Indian journal of veterinary science and animal husbandry - Volumes 28-29, 1958-1959
Year: 1958
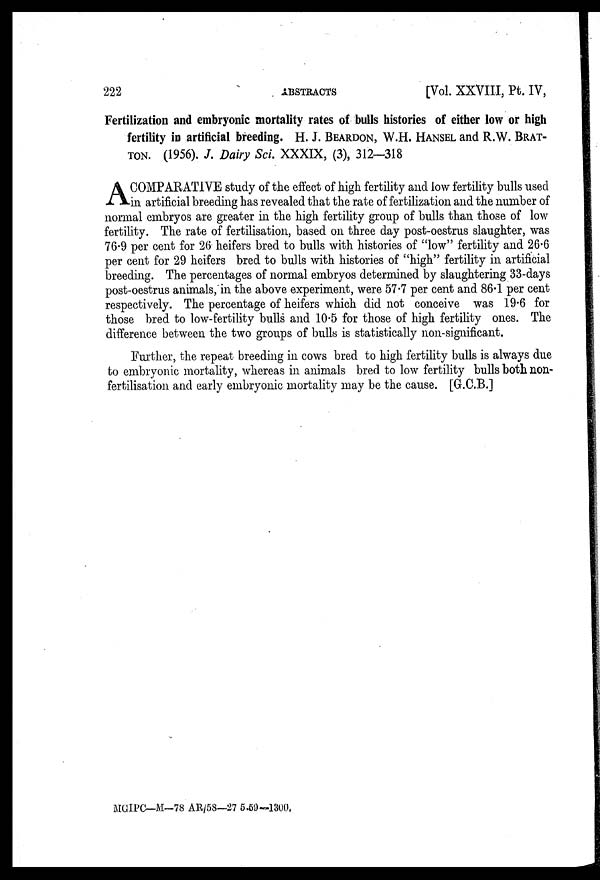
222
ABSTRACTS
[Vol. XXVIII, Pt. IV,
Fertilization and embryonic mortality rates of bulls histories of either low or high
fertility in artificial breeding. H. J. BEARDON, W.H. HANSEL and R.W. BRAT-
ton. (1956). J. Dairy Sci. XXXIX, (3), 312-318
A COMPARATIVE study of the effect of high fertility and low fertility bulls used
in artificial breeding has revealed that the rate of fertilization and the number of
normal embryos are greater in the high fertility group of bulls than those of low
fertility. The rate of fertilisation, based on three day post-oestrus slaughter, was
76.9 per cent for 26 heifers bred to bulls with histories of "low" fertility and 26.6
per cent for 29 heifers bred to bulls with histories of "high" fertility in artificial
breeding. The percentages of normal embryos determined by slaughtering 33-days
post-oestrus animals, in the above experiment, were 57.7 per cent and 86.1 per cent
respectively. The percentage of heifers which did not conceive was 19.6 for
those bred to low-fertility bulls and 10.5 for those of high fertility ones. The
difference between the two groups of bulls is statistically non-significant.
Further, the repeat breeding in cows bred to high fertility bulls is always due
to embryonic mortality, whereas in animals bred to low fertility bulls both non-
fertilisation and early embryonic mortality may be the cause. [G.C.B.]
MGIPC—M—78 AR/58—27 5.69—1300.